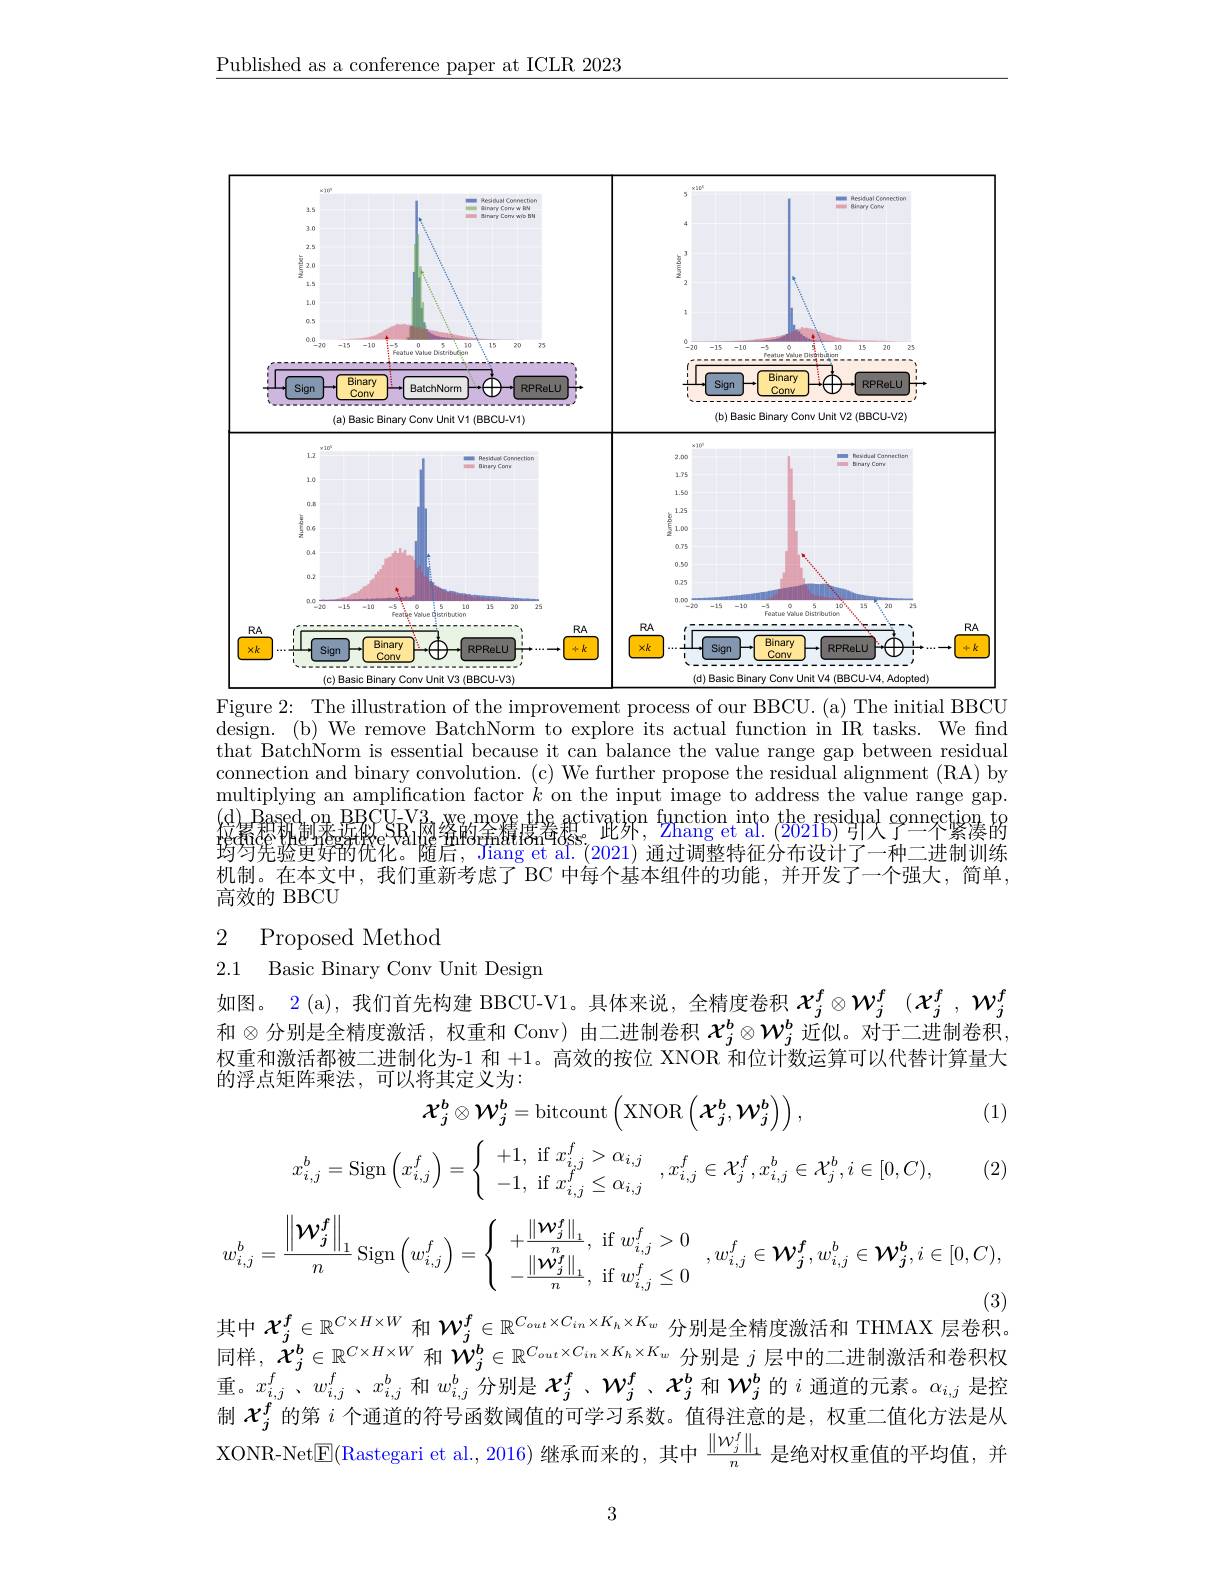
$\underline{\text{Published as a conference paper at ICLR 2023}}$

<FigureHere>
Figure 2: The illustration of the improvement process of our BBCU. (a) The initial BBCU

$\bar{\text{design.(b) We remove BatchNorm to explore its actual function in IR tasks. We find}}$ that BatchNorm is essential because it can balance the value range gap between residual connection and binary convolution. (c) We further propose the residual alignment (RA) by multiplying an amplification factor $k$ on the input image to address the value range gap. $\begin{array}{c}\mathrm{(d)}^{\mathrm{Based}}\mathrm{un}\mathrm{~BBCU}_{\mathrm{SRi}}\mathrm{N}_{\mathrm{AM}}\text{ Xamox the}\mathrm{~activatjon}\mathrm{~function~into~the~residpal~connection}\mathrm{~the~}\mathrm{~and}_{\mathrm{C}}\mathrm{~the~}\mathrm{~residpal~}\mathrm{~connection}_{\mathrm{C}}\mathrm{~the~}\mathrm{~the~}_{\mathrm{C}}\mathrm{~the~}_{\mathrm{C}}\mathrm{~the~}_{\mathrm{C}}\mathrm{~the~}_{\mathrm{C}}\mathrm{~the~}_{\mathrm{C}}\mathrm{~the~}_{\mathrm{C}}\end{array}$ 机制。在本文中，我们重新考虑了 BC 中每个基本组件的功能，并开发了一个强大，简单， 高效的 BBCU

2 Proposed Method

2.1 Basic Binary Conv Unit Design

如图。2(a),我们首先构建 BBCU-V1。具体来说，全精度卷积$\boldsymbol{\chi }_j^f\otimes \mathcal{W} _j^f$ $( \boldsymbol{\chi }_j^f, \mathcal{W} _j^f$ 和$\otimes$分别是全精度激活，权重和 Conv)由二进制卷积 $\boldsymbol{X}_j^b\otimes\boldsymbol{W}_j^b$ 近似。对于二进制卷积， 权重和激活都被二进制化为-1 和+1。高效的按位 XNOR 和位计数运算可以代替计算量大的浮点矩阵乘法，可以将其定义为：
$$\mathcal{X}_j^b\otimes\mathcal{W}_j^b=\mathrm{bitcount}\left(\mathrm{XNOR}\left(\mathcal{X}_j^b,\mathcal{W}_j^b\right)\right),$$
(1)
$$x_{i,j}^{b}=\mathrm{Sign}\left(x_{i,j}^{f}\right)=\left\{\begin{array}{c}+1,\:\mathrm{if}\:x_{i,j}^{f}>\alpha_{i,j}\\-1,\:\mathrm{if}\:x_{i,j}^{f}\leq\alpha_{i,j}\end{array}\right.,x_{i,j}^{f}\in\mathcal{X}_{j}^{f},x_{i,j}^{b}\in\mathcal{X}_{j}^{b},i\in[0,C),$$
(2)
$$w_{i,j}^{b}=\frac{\left\|\mathcal{W}_{j}^{f}\right\|_{1}}{n}\operatorname{Sign}\left(w_{i,j}^{f}\right)=\left\{\begin{array}{c}+\frac{\left\|\mathcal{W}_{j}^{f}\right\|_{1}}{n},\:\text{if}\:w_{i,j}^{f}>0\\-\frac{\left\|\mathcal{W}_{j}^{f}\right\|_{1}}{n},\:\text{if}\:w_{i,j}^{f}\leq0\end{array}\right.,w_{i,j}^{f}\in\mathcal{W}_{j}^{f},w_{i,j}^{b}\in\mathcal{W}_{j}^{b},i\in[0,C),$$
其中$\boldsymbol{\chi}_j^f\in\mathbb{R}^{C\times H\times W}$和$\boldsymbol{W}_j^f\in\mathbb{R}^{C_{out}\times C_{in}\times K_h\times K_w}$分别是全精度激活和 THMAX 层卷积。

同 样 , $\ddot{\boldsymbol{X}} _j^b\in \mathbb{R} ^{C\times H\times W}$ 和 $\ddot{W} _j^b\in \mathbb{R} ^{C_{out}\times C_{in}\times K_h\times K_w}$ 分 别 是 $j$ 层 中 的 二 进 制 激 活 和 卷 积 权 重 。$x_{i, j}^f$ $、 w_{i, j}^f$ $、 x_{i, j}^b$ 和 $w_{i, j}^b$ 分 别 是 $\mathcal{X} _j^f$ $、 \mathcal{W} _j^f$ 、 $\mathcal{X} _j^b$ 和 $\mathcal{W} _j^b$ 的 $i$ 通 道 的 元 素 。$\alpha _{i, j}$ 是 控制$\mathcal{X}_j^f$的第$i$个通道的符号函数阈值的可学习系数。值得注意的是，权重二值化方法是从XONR-Net$\overline{\mathrm{E}}($Rastegari et al., 2016) 继承而来的，其中$\frac{\|w_{j}^{f}\|_{1}}n$ 是绝对权重值的平均值，并

3